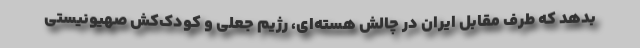
بدهد که طرف مقابل ایران در چالش هسته‌ای، رژیم جعلی و کودک‌کش صهیونیستی